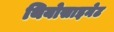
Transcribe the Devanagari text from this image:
थियोसाइनेट